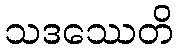
သဒဿေတိ